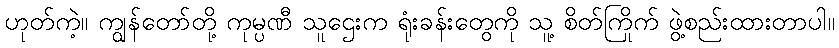
ဟုတ်ကဲ့။ ကျွန်တော်တို့ ကုမ္ပဏီ သူဌေးက ရုံးခန်းတွေကို သူ့ စိတ်ကြိုက် ဖွဲ့စည်းထားတာပါ။